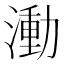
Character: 𬈭